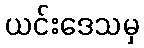
ယင်းဒေသမှ